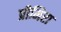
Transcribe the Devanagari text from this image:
प्रीमिरा